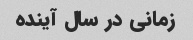
زمانی در سال آینده